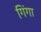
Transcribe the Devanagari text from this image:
गिंगा